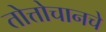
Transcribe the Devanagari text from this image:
तोत्तोचानचे